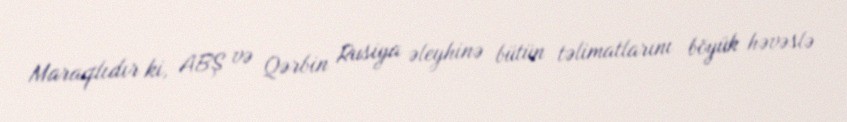
Maraqlıdır ki, ABŞ və Qərbin Rusiya əleyhinə bütün təlimatlarını böyük həvəslə